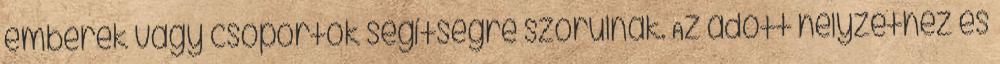
emberek vagy csoportok segítségre szorulnak. Az adott helyzethez és